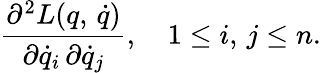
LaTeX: \frac{\partial^{2}L(q,\, \dot{q})}{\partial\dot{q}_{i}\, \partial\dot{q}_{j}},\quad 1\leq i,\, j\leq n.